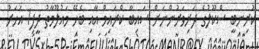
ކުރިނބީ ސްކޫލުގެ ދަރިވަރުންނަށް ސައިބާ ކްރައިމް އާއި ބެހޭ މައުލޫމާތު ދީފި1 އަހަރު